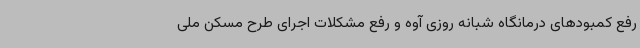
رفع کمبودهای درمانگاه شبانه روزی آوه و رفع مشکلات اجرای طرح مسکن ملی